Bombay plague: being a history of the progress of plague in the Bombay presidency from September 1896 to June 1899
Year: 1896
Disease focus: Plague
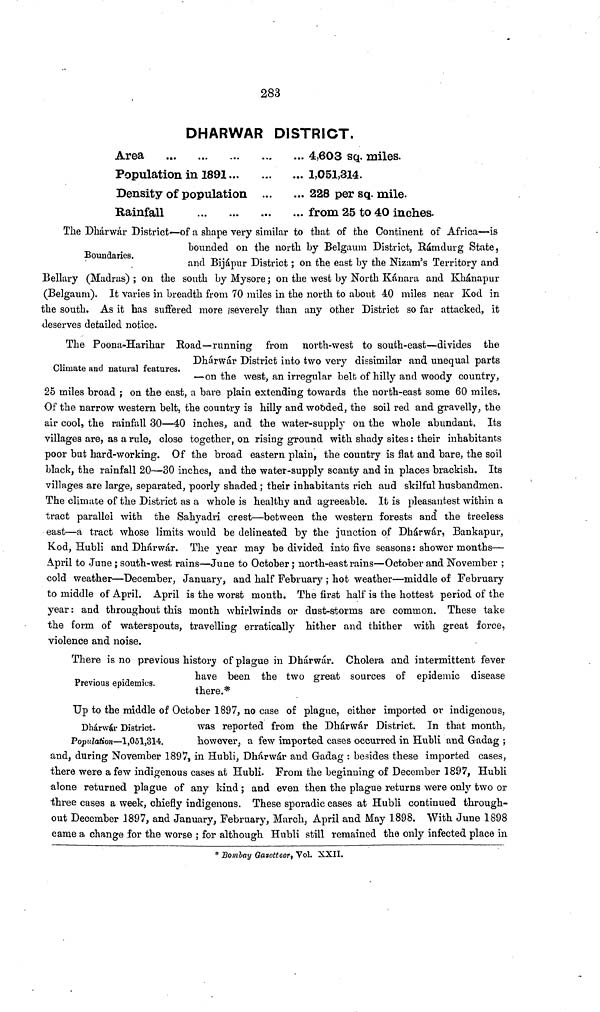
283
DHARWAR DISTRICT,
Area ... ... ...
Population in 1891 ...
Density of population
Rainfall
...
...
...
...
... 4,603 sq. miles.
... 1,051,314.
... 228 per sq. mile.
... from 25 to 40 inches-
Boundaries.
The Dhárwár District—of a shape very similar to that of the Continent of Africa—is
bounded on the north by Belgaum District, Rámdurg State,
and Bijápur District ; on the east by the Nizam's Territory and
Bellary (Madras) ; on the south by Mysore ; on the west by North Kánara and Khanapur
(Belgaum). It varies in breadth from 70 miles in the north to about 40 miles near Kod in
the south. As it has suffered more (severely than any other District so far attacked, it
deserves detailed notice.
Climate and natural features.
The Poona-Harihar Road—running from north-west to south-east—divides the
Dhárwár District into two very dissimilar and unequal parts
—on the west, an irregular belt of hilly and woody country,
25 miles broad ; on the east, a bare plain extending towards the north-east some 60 miles.
Of the narrow western belt, the country is hilly and wooded, the soil red and gravelly, the
air cool, the rainfall 30—40 inches, and the water-supply on the whole abundant. Its
villages are, as a rule, close together, on rising ground with shady sites : their inhabitants
poor but hard-working. Of the broad eastern plain, the country is flat and bare, the soil
black, the rainfall 20—30 inches, and the water-supply scanty and in places brackish. Its
villages are large, separated, poorly shaded ; their inhabitants rich and skilful husbandmen.
The climate of the District as a whole is healthy and agreeable. It is pleasantest within a
tract parallel with the Sahyadri crest—between the western forests and! the treeless
east—a tract whose limits would be delineated by the junction of Dhárwár, Bankapur,
Kod, Hubli and Dhárwár. The year may be divided into five seasons : shower months—
April to June ; south-west rains—June to October ; north-east rains—October and November ;
cold weather—December, January, and half February ; hob weather—middle of February
to middle of April. April is the worst month. The first half is the hottest period of the
year: and throughout this month whirlwinds or dust-storms are common. These take
the form of waterspouts, travelling erratically hither and thither with great force,
violence and noise.
Previous epidemics.
There is no previous history of plague in Dhárwár. Cholera and intermittent fever
have been the two great sources of epidemic disease
there.*
Dharwar District.
Population—1,051,314.
Up to the middle of October 1897, no case of plague, either imported or indigenous,
was reported from the Dhárwár District. In that month,
however, a few imported cases occurred in Hubli and Gadag ;
and, during November 1897, in Hubli, Dhárwár and Gadag : besides these imported cases,
there were a few indigenous cases at Hubli. From the beginning of December 1897, Hubli
alone returned plague of any kind ; and even then the plague returns were only two or
three cases a week, chiefly indigenous. These sporadic cases at Hubli continued through-
out December 1897, and January, "February, March, April and May 1898. With June 1898
came a change for the worse ; for although Hubli still remained the only infected place in
* Bomlay Qatetteer, Vol. XXII.